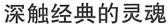
深触经典的灵魂